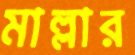
মাল্লার